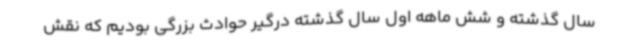
سال گذشته و شش ماهه اول سال گذشته درگیر حوادث بزرگی بودیم که نقش